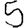
Digit: 5